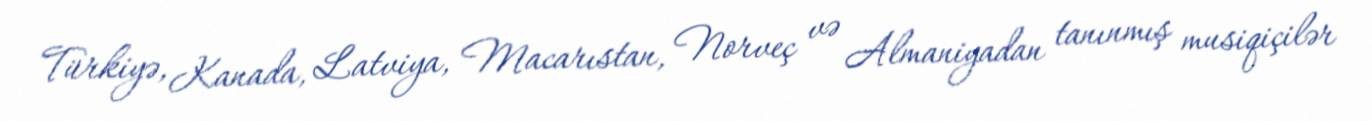
Türkiyə, Kanada, Latviya, Macarıstan, Norveç və Almaniyadan tanınmış musiqiçilər